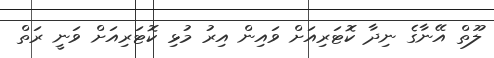
ލޫތް އޭނާގެ ނިދާ ކޮޓަރިއަށް ވައިން އިރު މުޅި ކޮޓަރިއަށް ވަނީ ރަތް